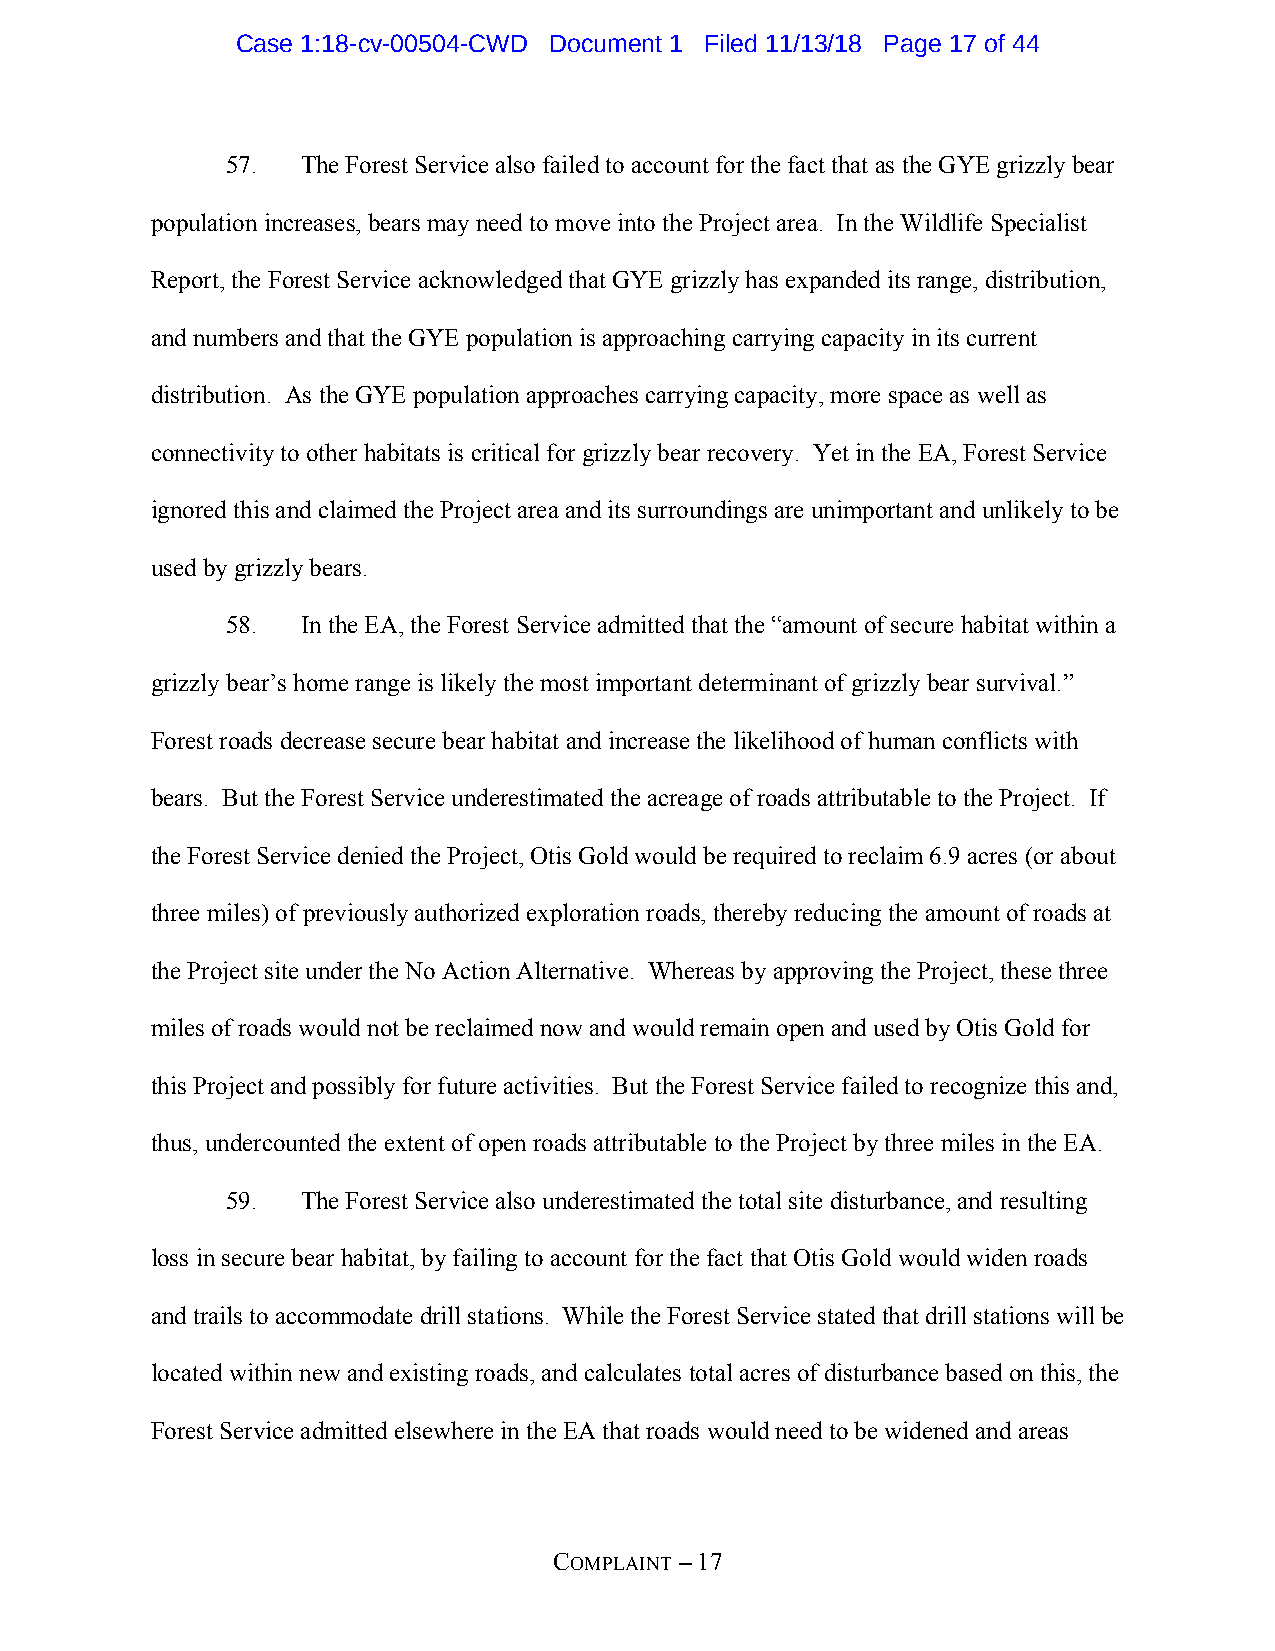
Case 1:18-cv-00504-CWD Document 1 Filed 11/13/18 Page 17 of 44
 57.  The Forest Service also failed to account for the fact that as the GYE grizzly bear
 population increases, bears may need to move into the Project area. In the Wildlife Specialist
 Report, the Forest Service acknowledged that GYE grizzly has expanded its range, distribution,
 and numbers and that the GYE population is approaching carrying capacity in its current
 distribution. As the GYE population approaches carrying capacity, more space as well as
 connectivity to other habitats is critical for grizzly bear recovery. Yet in the EA, Forest Service
 ignored this and claimed the Project area and its surroundings are unimportant and unlikely to be
 used by grizzly bears.
 58.  In the EA, the Forest Service admitted that the “amount of secure habitat within a
 grizzly bear’s home range is likely the most important determinant of grizzly bear survival.”
 Forest roads decrease secure bear habitat and increase the likelihood of human conflicts with
 bears. But the Forest Service underestimated the acreage of roads attributable to the Project. If
 the Forest Service denied the Project, Otis Gold would be required to reclaim 6.9 acres (or about
 three miles) of previously authorized exploration roads, thereby reducing the amount of roads at
 the Project site under the No Action Alternative. Whereas by approving the Project, these three
 miles of roads would not be reclaimed now and would remain open and used by Otis Gold for
 this Project and possibly for future activities. But the Forest Service failed to recognize this and,
 thus, undercounted the extent of open roads attributable to the Project by three miles in the EA.
 59.  The Forest Service also underestimated the total site disturbance, and resulting
 loss in secure bear habitat, by failing to account for the fact that Otis Gold would widen roads
 and trails to accommodate drill stations. While the Forest Service stated that drill stations will be
 located within new and existing roads, and calculates total acres of disturbance based on this, the
 Forest Service admitted elsewhere in the EA that roads would need to be widened and areas
 COMPLAINT – 17